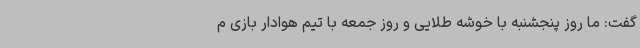
گفت: ما روز پنجشنبه با خوشه طلایی و روز جمعه با تیم هوادار بازی م